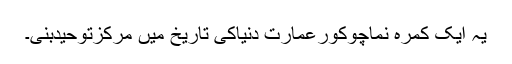
یہ ایک کمرہ نماچوکورعمارت دنیاکی تاریخ میں مرکزتوحیدبنی۔